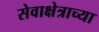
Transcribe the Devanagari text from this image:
सेवाक्षेत्राच्या